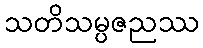
သတိသမ္ပဇညဿ